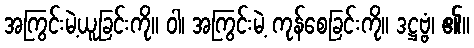
အကြွင်းမဲ့ယူခြင်းကို။ ဝါ၊ အကြွင်းမဲ့ ကုန်စေခြင်းကို။ ဒဋ္ဌဗ္ဗံ၊ ၏။